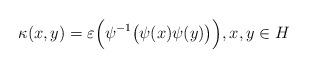
LaTeX: \begin{align*} \kappa (x, y) = \varepsilon \Big( \psi^{-1} \big( \psi(x) \psi(y)\big) \Big), x, y \in H\end{align*}